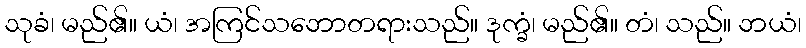
သုခံ၊ မည်၏။ ယံ၊ အကြင်သဘောတရားသည်။ ဒုက္ခံ၊ မည်၏။ တံ၊ သည်။ ဘယံ၊